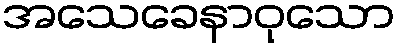
အသေခေနာဝုသော